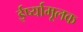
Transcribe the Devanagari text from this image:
ईर्ष्यामूलक